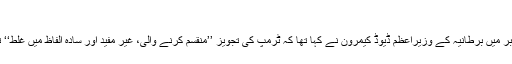
‘‘
دسمبر میں برطانیہ کے وزیراعظم ڈیوڈ کیمرون نے کہا تھا کہ ٹرمپ کی تجویز ’’منقسم کرنے والی، غیر مفید اور سادہ الفاظ میں غلط‘‘ تھی۔